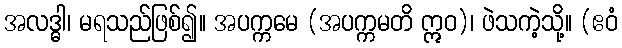
အလဒ္ဓါ၊ မရသည်ဖြစ်၍။ အပက္ကမေ (အပက္ကမတိ ဣဝ)၊ ဖဲသကဲ့သို့။ (ဧဝံ